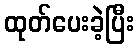
ထုတ်ပေးခဲ့ပြီး